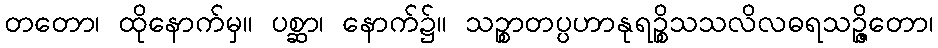
တတော၊ ထိုနောက်မှ။ ပစ္ဆာ၊ နောက်၌။ သဉ္စာတပ္ပဟာနုရဉ္စိသသလိလဓရသဉ္ဇိတော၊